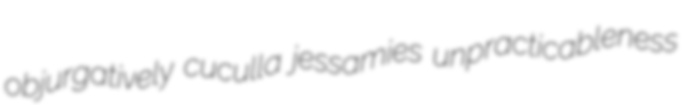
objurgatively cuculla jessamies unpracticableness